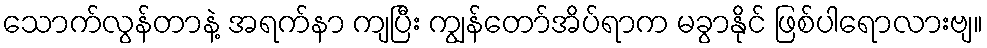
သောက်လွန်တာနဲ့ အရက်နာ ကျပြီး ကျွန်တော်အိပ်ရာက မခွာနိုင် ဖြစ်ပါရောလားဗျ။